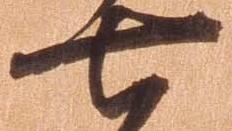
七